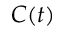
C ( t )